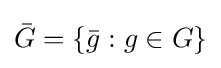
{\bar {G}}=\{{\bar {g}}:g\in G\}